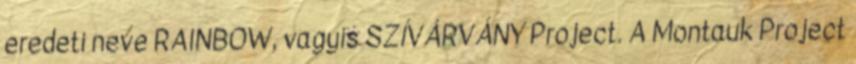
eredeti neve RAINBOW, vagyis SZÍVÁRVÁNY Project. A Montauk Project